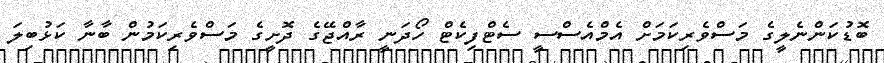
ބޮޑުކަންނެލީގެ މަސްވެރިކަމަށް އެމްއެސްސީ ސެޓްފިކެޓް ހޯދަނީ ރާއްޖޭގެ ދޮށީގެ މަސްވެރިކަމުން ބާނާ ކަޅުބިލަ